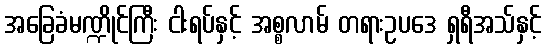
အခြေခံမဏ္ဍိုင်ကြီး ငါးရပ်နှင့် အစ္စလာမ် တရားဥပဒေ ရှရီအသ်နှင့်